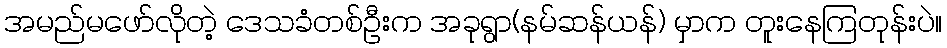
အမည်မဖော်လိုတဲ့ ဒေသခံတစ်ဦးက အခုရွာ(နမ်ဆန်ယန်) မှာက တူးနေကြတုန်းပဲ။